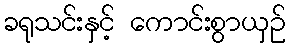
ခရုသင်းနှင့် ကောင်းစွာယှဉ်